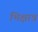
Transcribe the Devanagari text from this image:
भिक्षान्न